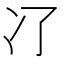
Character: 𠖭